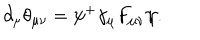
LaTeX: \partial _ { \mu } \theta _ { \mu \nu } = \psi ^ { + } \gamma _ { \mu } F _ { \mu \nu } \psi .